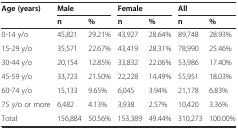
| <ROWSPAN=2> Age (years) | <COLSPAN=2> Male | <COLSPAN=2> Female | <COLSPAN=2> All |
 | n | % | n | % | n | % |
 | --- | --- | --- | --- | --- | --- | --- |
 | 0-14 y/o | 45,821 | 29.21% | 43,927 | 28.64% | 89,748 | 28.93% |
 | 15-29 y/o | 35,571 | 22.67% | 43,419 | 28.31% | 78,990 | 25.46% |
 | 30-44 y/o | 20,154 | 12.85% | 33,832 | 22.06% | 53,986 | 17.40% |
 | 45-59 y/o | 33,723 | 21.50% | 22,228 | 14.49% | 55,951 | 18.03% |
 | 60-74 y/o | 15,133 | 9.65% | 6,045 | 3.94% | 21,178 | 6.83% |
 | 75 y/o or more | 6,482 | 4.13% | 3,938 | 2.57% | 10,420 | 3.36% |
 | Total | 156,884 | 50.56% | 153,389 | 49.44% | 310,273 | 100.00% |